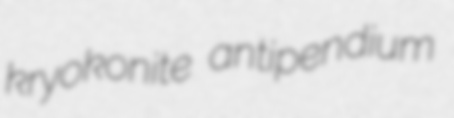
kryokonite antipendium